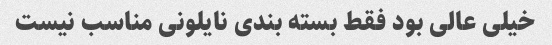
خیلی عالی بود فقط بسته بندی نایلونی مناسب نیست